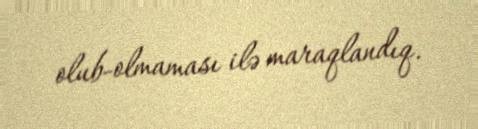
olub-olmaması ilə maraqlandıq.